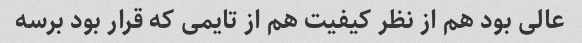
عالی بود هم از نظر کیفیت هم از تایمی که قرار بود برسه